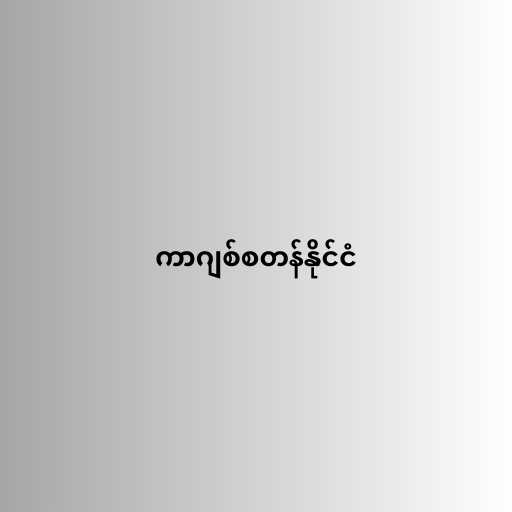
ကာဂျစ်စတန်နိုင်ငံ